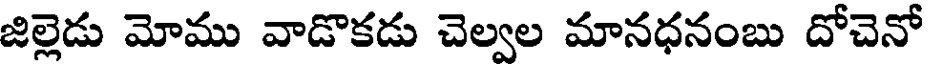
జిల్లెడు మోము వాడొకడు చెల్వల మానధనంబు దోచెనో